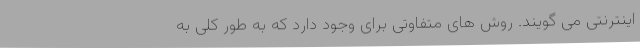
اینترنتی می گویند. روش های متفاوتی برای وجود دارد که به طور کلی به